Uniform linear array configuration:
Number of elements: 16
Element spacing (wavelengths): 0.75
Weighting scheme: kaiser
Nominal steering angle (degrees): -45
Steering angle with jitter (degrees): -44.114
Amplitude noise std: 0.05
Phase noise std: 0.05

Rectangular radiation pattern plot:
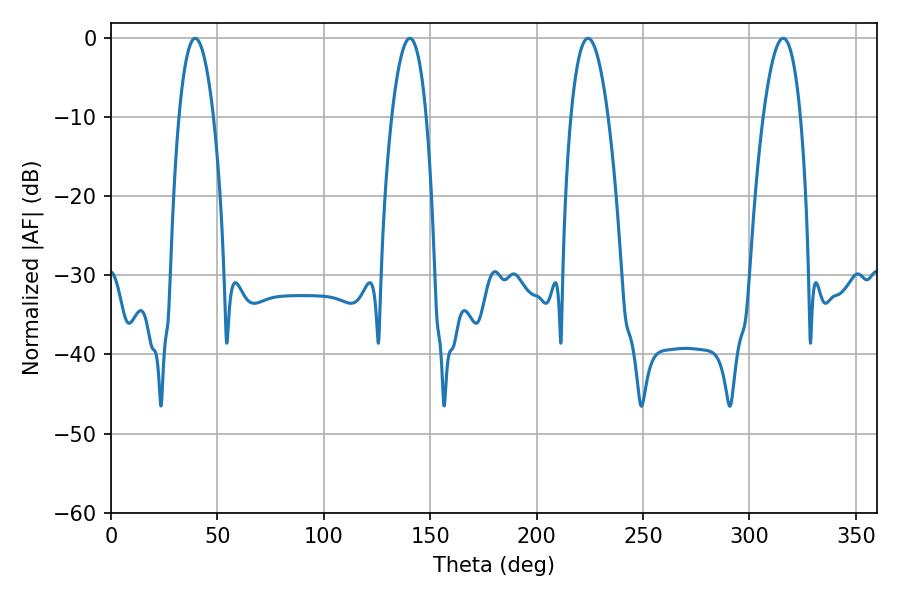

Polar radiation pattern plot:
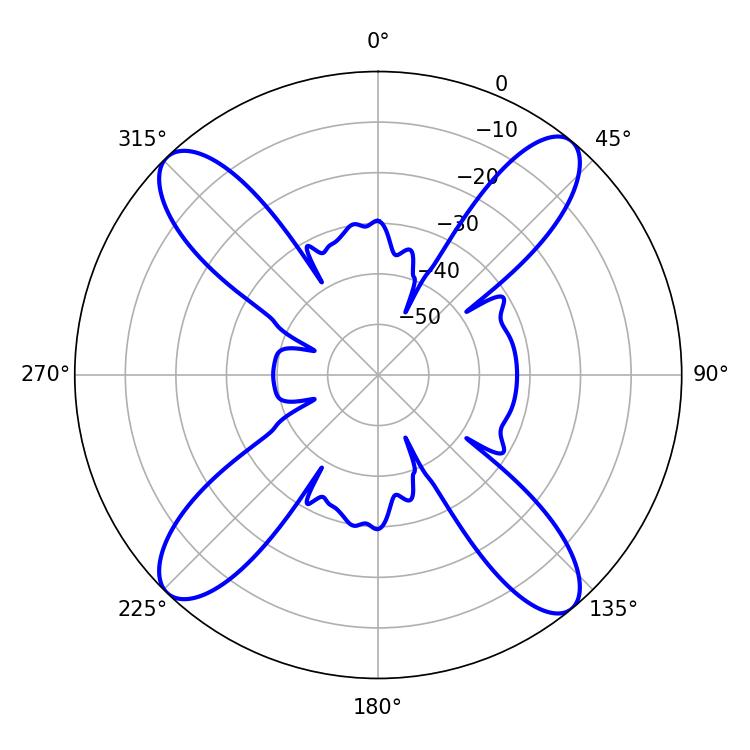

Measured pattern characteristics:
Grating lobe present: TRUE
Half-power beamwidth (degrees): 9.54
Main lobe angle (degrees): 224.1